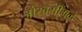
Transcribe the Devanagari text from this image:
जोखमींमुळे